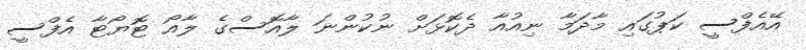
އޭއެފްސީ ކަޕުގައި މާދަމާ ނިއުއާ ދެކޮޅަށް ނުކުންނަ ލާއޮސްގެ ލާއޯ ޓޮޔޯޓާ އެފްސީ